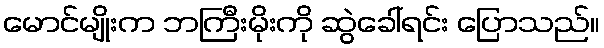
မောင်မျိုးက ဘကြီးမိုးကို ဆွဲခေါ်ရင်း ပြောသည်။